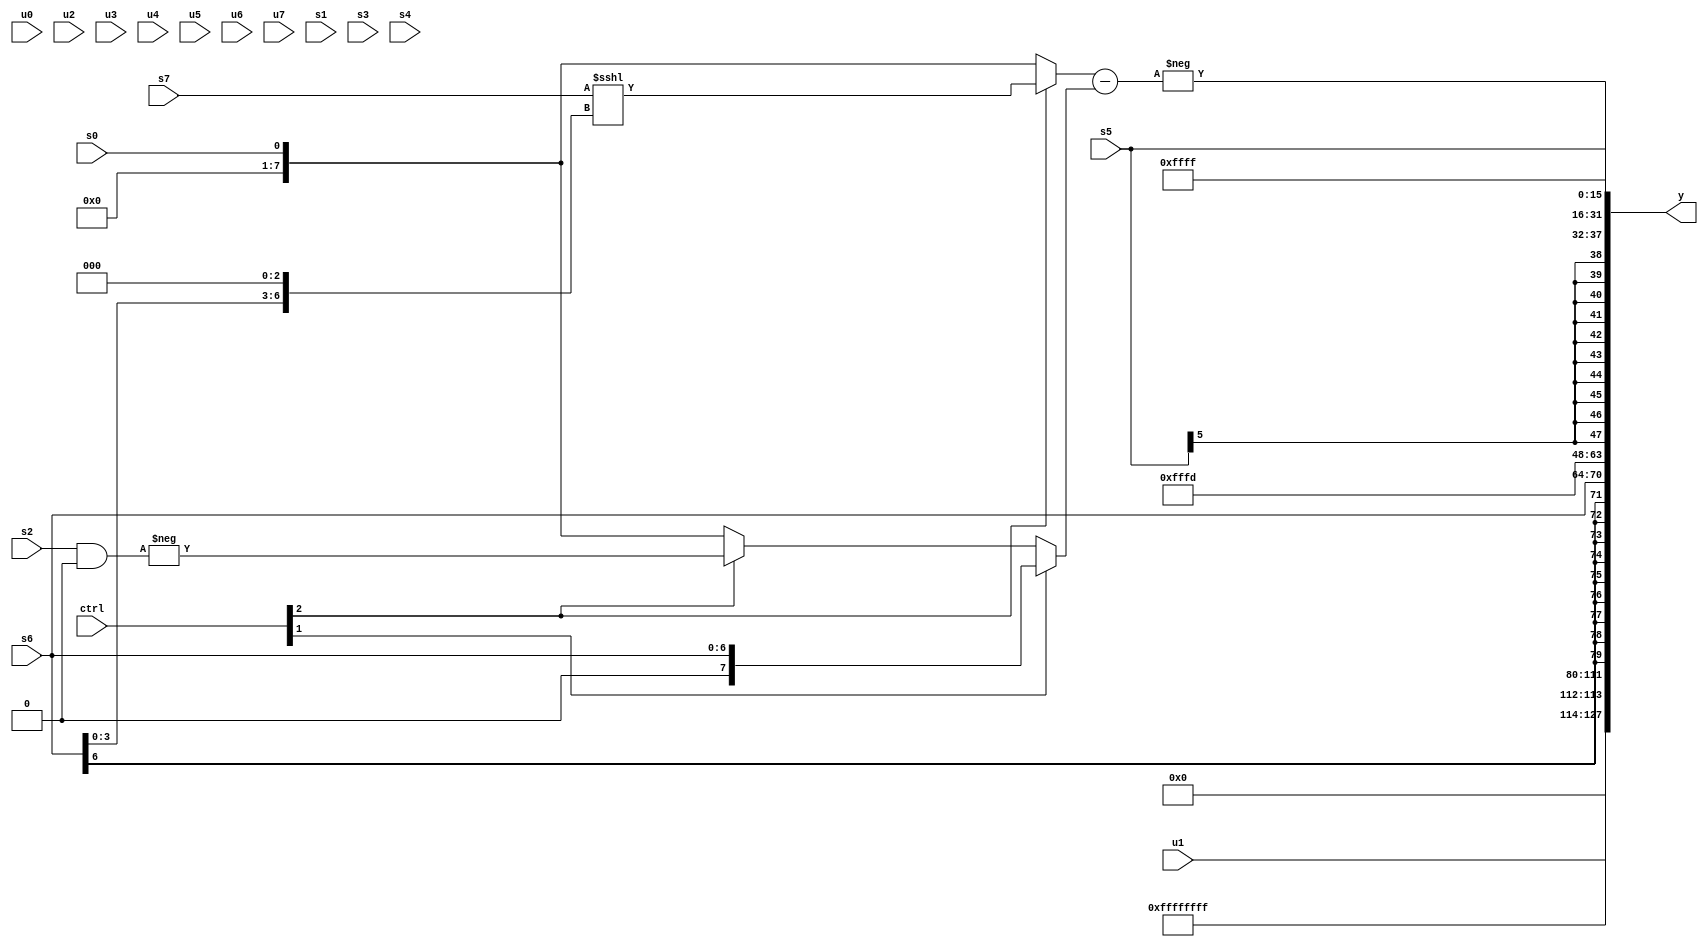
module wideexpr_00834(ctrl, u0, u1, u2, u3, u4, u5, u6, u7, s0, s1, s2, s3, s4, s5, s6, s7, y);
  input [7:0] ctrl;
  input [0:0] u0;
  input [1:0] u1;
  input [2:0] u2;
  input [3:0] u3;
  input [4:0] u4;
  input [5:0] u5;
  input [6:0] u6;
  input [7:0] u7;
  input signed [0:0] s0;
  input signed [1:0] s1;
  input signed [2:0] s2;
  input signed [3:0] s3;
  input signed [4:0] s4;
  input signed [5:0] s5;
  input signed [6:0] s6;
  input signed [7:0] s7;
  output [127:0] y;
  wire [15:0] y0;
  wire [15:0] y1;
  wire [15:0] y2;
  wire [15:0] y3;
  wire [15:0] y4;
  wire [15:0] y5;
  wire [15:0] y6;
  wire [15:0] y7;
  assign y = {y0,y1,y2,y3,y4,y5,y6,y7};
  assign y0 = u1;
  assign y1 = -((+(2'sb00))^(($signed(1'b1))>=(($unsigned(-(2'sb10)))>>>(2'b01))));
  assign y2 = 2'sb11;
  assign y3 = $signed(s6);
  assign y4 = $signed((1'sb0)+(((3'sb101)>>(($unsigned((2'b11)|(s5)))==({3{+(6'b110100)}})))<<<(((($signed(2'sb10))<<<({6'sb001101}))>>((ctrl[3]?(s1)<<(5'sb00010):$signed(3'sb110))))<<<({1{6'sb101011}}))));
  assign y5 = s5;
  assign y6 = -({1{((ctrl[2]?$signed(({1{s7}})<<<((s6)<<(5'sb00011))):s0))-((ctrl[1]?s6:(ctrl[2]?-((s2)&(3'b000)):s0)))}});
  assign y7 = 2'sb11;
endmodule